system: You are a helpful assistant.
user:
Analyze the provided spectrum to determine if it is a **S-type Star**.

- **Key Indicators for S-type Star:**

    - **(Overall Spectrum Shape):** The first and most obvious characteristic is the overall continuum (the "baseline" shape). It is **extremely "red-sloping,"** meaning the flux (light intensity) is very low on the left side (blue, ~4000-4500 Å) and rises steeply and continuously toward the right side (red, ~7000 Å+).

    - **(Primary):** The spectrum is defined by the presence of strong, broad molecular absorption "valleys" (bands) from **Zirconium Oxide (ZrO)**. The identification of these bands is the **primary requirement** for classifying a star as S-type.
        - **(Key Bandheads):** You must find distinct, deep "dips" where the light has been absorbed. The most critical band systems to locate are:
            - **~6474 Å** ($\gamma$-system): This is often the strongest and clearest ZrO feature, found in the red part of the spectrum.
            - **~5718 Å** & **~5551 Å** ($\beta$-system): A pair of prominent absorption features in the yellow-orange part of the spectrum.
            - **~4640 Å** ($\alpha$-system): A key absorption band system in the blue-green region of the spectrum.

    - **(Secondary Confirmation):** The classification is strengthened by finding additional absorption bands from other related heavy element oxides, which are expected to be present alongside ZrO.
        - **(Key Bandheads):**
            - **Yttrium Oxide (YO):** Look for absorption dips near **~4800 Å** and **~6100 Å**.
            - **Lanthanum Oxide (LaO):** Additional absorption features, particularly in the red-orange part of the spectrum, are also characteristic.

    - **(Line Profile):** The combination of the steep red continuum and these numerous, deep molecular bands (ZrO, YO, etc.) gives the entire spectrum a very **"chopped-up"** or **"bumpy"** appearance. Instead of a smooth curve, the spectrum looks as though large, wide chunks of light have been "carved out" of it at the specific wavelengths listed above.

Think first, call **spectral_visualization_tool** if needed to examine features in detail, then provide your final answer. Your response must adhere to the following strict rules:
1.  **Overall Structure:** Your response must follow the format `<think>...</think> <tool_call>...</tool_call> (if a tool is used) <answer>...</answer>`.
2.  **Tool Usage Constraint:** You may only make **one** tool call per turn.
3.  **Final Answer Format:** In the `<answer>` tag, your conclusion must be inside a `\boxed{}` command (e.g., `\boxed{YES}` or `\boxed{NO}`), followed by your justification.

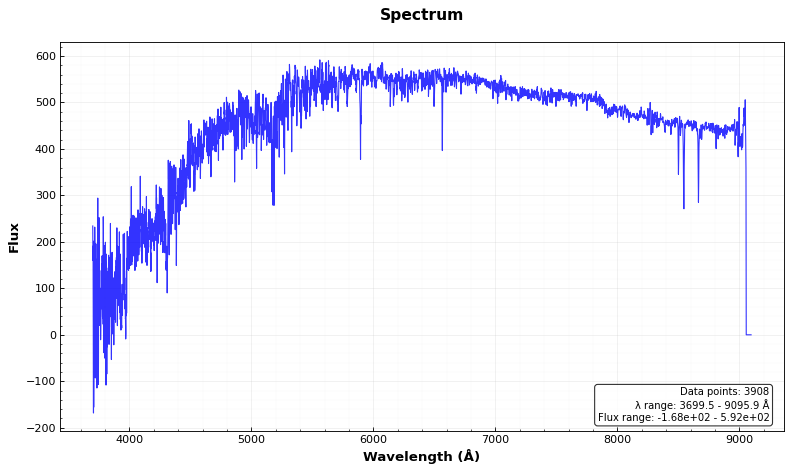
Answer: NO